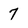
Character: 7